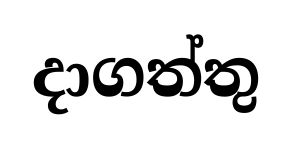
දාගත්තු